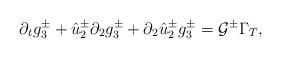
LaTeX: \begin{align*}\partial_tg^{\pm}_3+\hat{u}^{\pm}_2\partial_2g^{\pm}_3+\partial_2\hat{u}^{\pm}_2g^{\pm}_3=\mathcal{G}^{\pm} \Gamma_T,\end{align*}